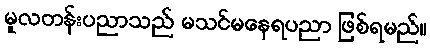
မူလတန်းပညာသည် မသင်မနေရပညာ ဖြစ်ရမည်။